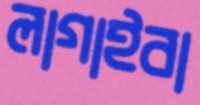
লাগাইবা